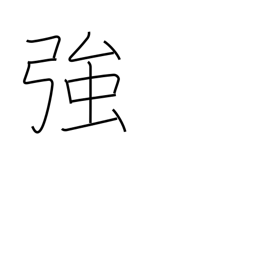
Meaning: strong